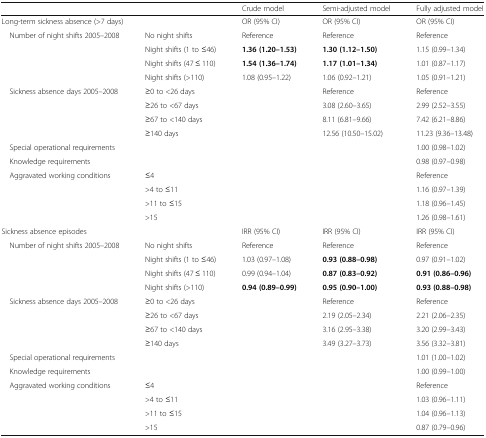
<table><thead><tr><td colspan="2"></td><td><b>Crude model</b></td><td><b>Semi-adjusted model</b></td><td><b>Fully adjusted model</b></td></tr></thead><tbody><tr><td colspan="2">Long-term sickness absence (&gt;7 days)</td><td>OR (95% CI)</td><td>OR (95% CI)</td><td>OR (95% CI)</td></tr><tr><td rowspan="4"> Number of night shifts 2005–2008</td><td>No night shifts</td><td>Reference</td><td>Reference</td><td>Reference</td></tr><tr><td>Night shifts (1 to ≤46)</td><td><b>1.36 (1.20–1.53)</b></td><td><b>1.30 (1.12–1.50)</b></td><td>1.15 (0.99–1.34)</td></tr><tr><td>Night shifts (47 ≤ 110)</td><td><b>1.54 (1.36–1.74)</b></td><td><b>1.17 (1.01–1.34)</b></td><td>1.01 (0.87–1.17)</td></tr><tr><td>Night shifts (&gt;110)</td><td>1.08 (0.95–1.22)</td><td>1.06 (0.92–1.21)</td><td>1.05 (0.91–1.21)</td></tr><tr><td rowspan="4"> Sickness absence days 2005–2008</td><td>≥0 to &lt;26 days</td><td rowspan="10"></td><td>Reference</td><td>Reference</td></tr><tr><td>≥26 to &lt;67 days</td><td>3.08 (2.60–3.65)</td><td>2.99 (2.52–3.55)</td></tr><tr><td>≥67 to &lt;140 days</td><td>8.11 (6.81–9.66)</td><td>7.42 (6.21–8.86)</td></tr><tr><td>≥140 days</td><td>12.56 (10.50–15.02)</td><td>11.23 (9.36–13.48)</td></tr><tr><td> Special operational requirements</td><td></td><td rowspan="6"></td><td>1.00 (0.98–1.02)</td></tr><tr><td> Knowledge requirements</td><td></td><td>0.98 (0.97–0.98)</td></tr><tr><td rowspan="4"> Aggravated working conditions</td><td>≤4</td><td>Reference</td></tr><tr><td>&gt;4 to ≤11</td><td>1.16 (0.97–1.39)</td></tr><tr><td>&gt;11 to ≤15</td><td>1.18 (0.96–1.45)</td></tr><tr><td>&gt;15</td><td>1.26 (0.98–1.61)</td></tr><tr><td colspan="2">Sickness absence episodes</td><td>IRR (95% CI)</td><td>IRR (95% CI)</td><td>IRR (95% CI)</td></tr><tr><td rowspan="4"> Number of night shifts 2005–2008</td><td>No night shifts</td><td>Reference</td><td>Reference</td><td>Reference</td></tr><tr><td>Night shifts (1 to ≤46)</td><td>1.03 (0.97–1.08)</td><td><b>0.93 (0.88–0.98)</b></td><td>0.97 (0.91–1.02)</td></tr><tr><td>Night shifts (47 ≤ 110)</td><td>0.99 (0.94–1.04)</td><td><b>0.87 (0.83–0.92)</b></td><td><b>0.91 (0.86–0.96)</b></td></tr><tr><td>Night shifts (&gt;110)</td><td><b>0.94 (0.89–0.99)</b></td><td><b>0.95 (0.90–1.00)</b></td><td><b>0.93 (0.88–0.98)</b></td></tr><tr><td rowspan="4"> Sickness absence days 2005–2008</td><td>≥0 to &lt;26 days</td><td rowspan="10"></td><td>Reference</td><td>Reference</td></tr><tr><td>≥26 to &lt;67 days</td><td>2.19 (2.05–2.34)</td><td>2.21 (2.06–2.35)</td></tr><tr><td>≥67 to &lt;140 days</td><td>3.16 (2.95–3.38)</td><td>3.20 (2.99–3.43)</td></tr><tr><td>≥140 days</td><td>3.49 (3.27–3.73)</td><td>3.56 (3.32–3.81)</td></tr><tr><td> Special operational requirements</td><td></td><td rowspan="6"></td><td>1.01 (1.00–1.02)</td></tr><tr><td> Knowledge requirements</td><td></td><td>1.00 (0.99–1.00)</td></tr><tr><td rowspan="4"> Aggravated working conditions</td><td>≤4</td><td>Reference</td></tr><tr><td>&gt;4 to ≤11</td><td>1.03 (0.96–1.11)</td></tr><tr><td>&gt;11 to ≤15</td><td>1.04 (0.96–1.13)</td></tr><tr><td>&gt;15</td><td>0.87 (0.79–0.96)</td></tr></tbody></table>